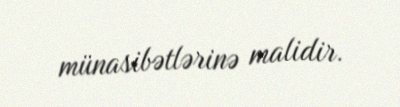
münasibətlərinə malidir.